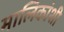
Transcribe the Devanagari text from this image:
मालिकांशी